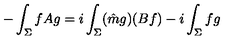
- \int _ { \Sigma } f A g = i \int _ { \Sigma } ( \hat { m } g ) ( B f ) - i \int _ { \Sigma } f g